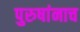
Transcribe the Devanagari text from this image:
पुरुषांनाच